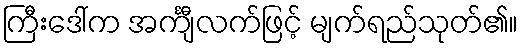
ကြီးဒေါ်က အင်္ကျီလက်ဖြင့် မျက်ရည်သုတ်၏။